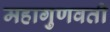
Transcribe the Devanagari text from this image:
महागुणवती